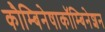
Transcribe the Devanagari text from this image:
कौम्बिनेषाकॉम्बिनेशन